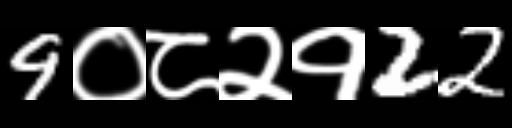
Text: 9०८२१22